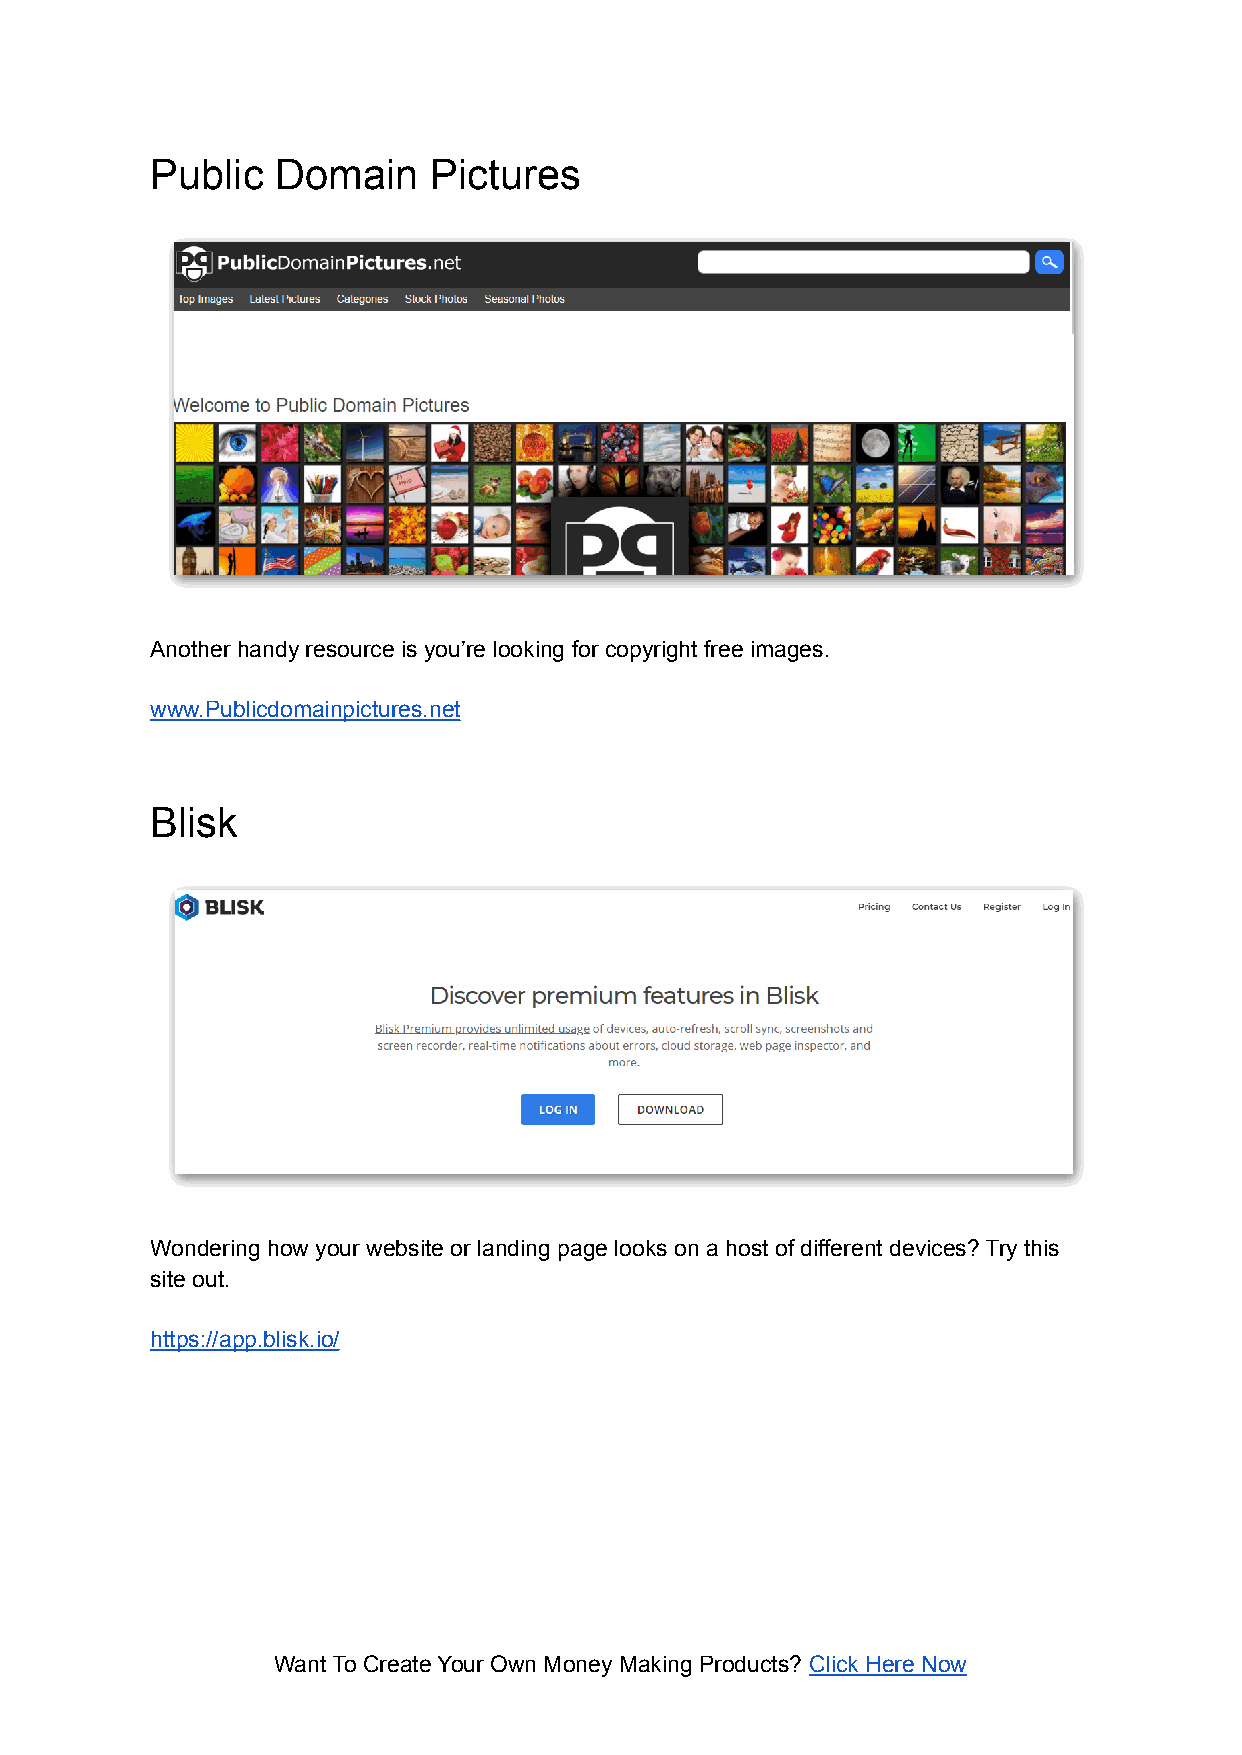
Public  Domain    Pictures
 Another handy resource is you’re looking for copyright free images.
 www.Publicdomainpictures.net
 Blisk
 Wondering how your website or landing page looks on a host of different devices? Try this
 site out.
 https://app.blisk.io/
 Want To Create Your Own Money Making Products? Click Here Now